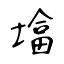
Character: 墖